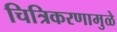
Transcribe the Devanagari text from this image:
चित्रिकरणामुळे